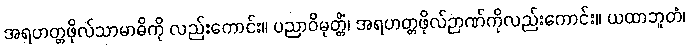
အရဟတ္တဖိုလ်သာမာဓိကို လည်းကောင်း။ ပညာဝိမုတ္တိံ၊ အရဟတ္တဖိုလ်ဉာဏ်ကိုလည်းကောင်း။ ယထာဘူတံ၊